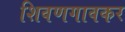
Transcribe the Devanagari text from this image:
शिवणगावकर